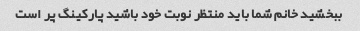
ببخشید خانم شما باید منتظر نوبت خود باشید پارکینگ پر است